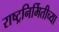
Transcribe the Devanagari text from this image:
राष्ट्रनिर्मितीच्या